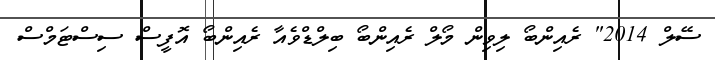
ސޭލް 2014" ރެއިންބޯ ލިވިން މޯލް ރެއިންބޯ ބިލްޑްވެއާ ރެއިންބޯ އޮފީސް ސިސްޓަމްސް